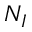
N _ { I }